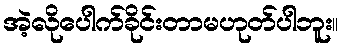
အဲ့လိုပေါက်ခိုင်းတာမဟုတ်ပါဘူး။